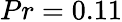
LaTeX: {Pr=0.11}